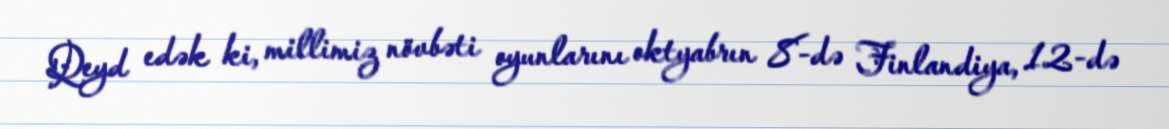
Qeyd edək ki, millimiz növbəti oyunlarını oktyabrın 8-də Finlandiya, 12-də